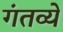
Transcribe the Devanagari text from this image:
गंतव्ये